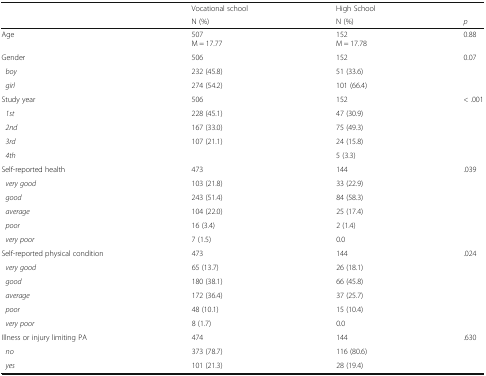
| <ROWSPAN=2>  | Vocational school | High School |  |
 | N (%) | N (%) | p |
 | --- | --- | --- | --- |
 | Age | 507M = 17.77 | 152M = 17.78 | 0.88 |
 | Gender | 506 | 152 | 0.07 |
 | boy | 232 (45.8) | 51 (33.6) |  |
 | girl | 274 (54.2) | 101 (66.4) |  |
 | Study year | 506 | 152 | < .001 |
 | 1st | 228 (45.1) | 47 (30.9) |  |
 | 2nd | 167 (33.0) | 75 (49.3) |  |
 | 3rd | 107 (21.1) | 24 (15.8) |  |
 | 4th |  | 5 (3.3) |  |
 | Self-reported health | 473 | 144 | .039 |
 | very good | 103 (21.8) | 33 (22.9) |  |
 | good | 243 (51.4) | 84 (58.3) |  |
 | average | 104 (22.0) | 25 (17.4) |  |
 | poor | 16 (3.4) | 2 (1.4) |  |
 | very poor | 7 (1.5) | 0.0 |  |
 | Self-reported physical condition | 473 | 144 | .024 |
 | very good | 65 (13.7) | 26 (18.1) |  |
 | good | 180 (38.1) | 66 (45.8) |  |
 | average | 172 (36.4) | 37 (25.7) |  |
 | poor | 48 (10.1) | 15 (10.4) |  |
 | very poor | 8 (1.7) | 0.0 |  |
 | Illness or injury limiting PA | 474 | 144 | .630 |
 | no | 373 (78.7) | 116 (80.6) |  |
 | yes | 101 (21.3) | 28 (19.4) |  |